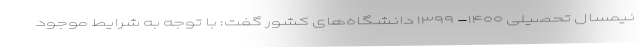
نیمسال تحصیلی ۱۴۰۰- ۱۳۹۹ دانشگاه‌های کشور گفت: با توجه به شرایط موجود